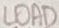
Text: LOAD